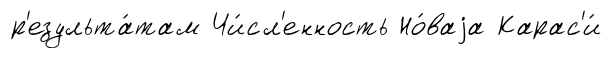
р'езульта́там Чи́сл'енность Но́ваjа Карас'и́